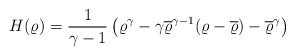
\begin{align*}H(\varrho) = \frac{1}{\gamma - 1} \left( \varrho^{\gamma} - \gamma \overline{\varrho}^{\gamma - 1}(\varrho - \overline{\varrho}) - \overline{\varrho}^\gamma \right)\end{align*}